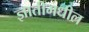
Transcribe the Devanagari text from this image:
ज्ञातीमधील